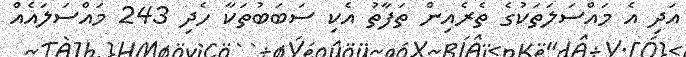
އަދި އެ މައްސަލަތަކުގެ ތެރެއިން ތަފާތު އެކި ސަބަބުތަކާ ހެދި 243 މައްސަލައެއް